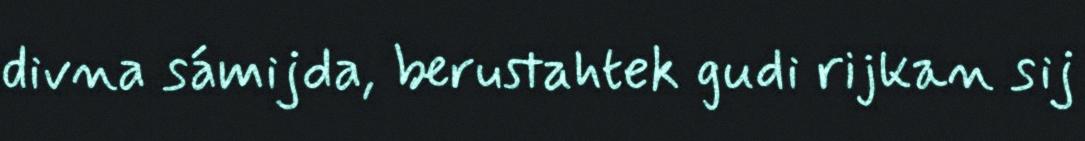
divna sámijda, berustahtek gudi rijkan sij